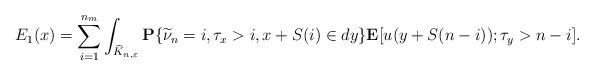
LaTeX: \begin{align*} E_{1}(x)&=\sum_{i=1}^{n_m}\int_{\widetilde{K}_{n,\varepsilon}}\mathbf P\{\widetilde{\nu}_n=i,\tau_x>i, x+S(i)\in dy\}\mathbf{E}[u(y+S(n-i));\tau_y>n-i].\end{align*}